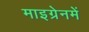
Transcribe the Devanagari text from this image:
माइग्रेनमें